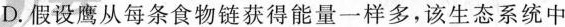
D.假设鹰从每条食物链获得能量一样多，该生态系统中